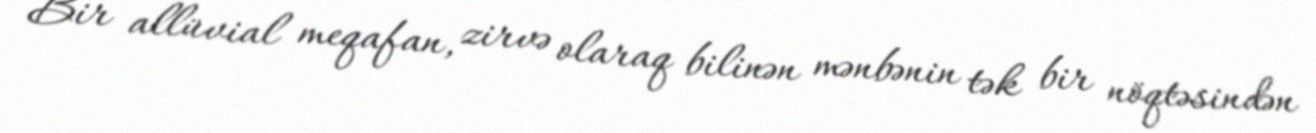
Bir allüvial meqafan, zirvə olaraq bilinən mənbənin tək bir nöqtəsindən